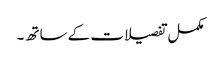
مکمل تفصیلات کے ساتھ ۔